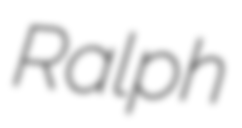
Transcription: Ralph